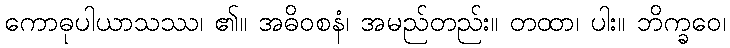
ကောဓုပါယာသဿ၊ ၏။ အဓိဝစနံ၊ အမည်တည်း။ တထာ၊ ပါး။ ဘိက္ခဝေ၊